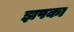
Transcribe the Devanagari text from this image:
झपका